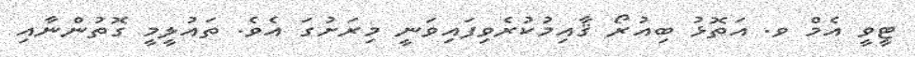
ޓީވީ އެމް ވ. އަތޮޅު ބިއުރޯ ޤާއިމުކުރެވިފައިވަނީ މިރަށުގަ އެވެ. ތައުލީމީ ގޮތުންނާއި